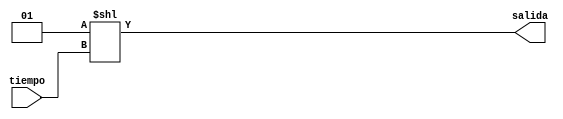
module decodificador(input wire [2:0] tiempo, output wire [7:0] salida);
assign salida=1<<tiempo;
endmodule